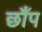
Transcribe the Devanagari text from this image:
छाँप